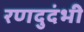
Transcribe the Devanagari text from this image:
रणदुदंभी